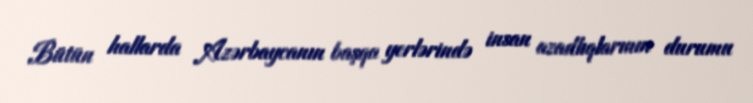
Bütün hallarda Azərbaycanın başqa yerlərində insan azadlıqlarının durumu